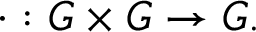
\cdot : G \times G \rightarrow G .